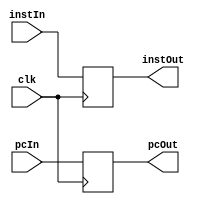
module IFID (
    clk, instIn, pcIn, instOut, pcOut
);

input clk;
input [31:0] instIn;
input [7:0] pcIn;

output reg [31:0] instOut;
output reg [7:0] pcOut;

always @(negedge clk)
begin

    instOut = instIn;
    pcOut = pcIn;

end
    
endmodule